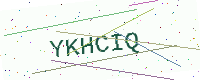
Text: YKHCIQ